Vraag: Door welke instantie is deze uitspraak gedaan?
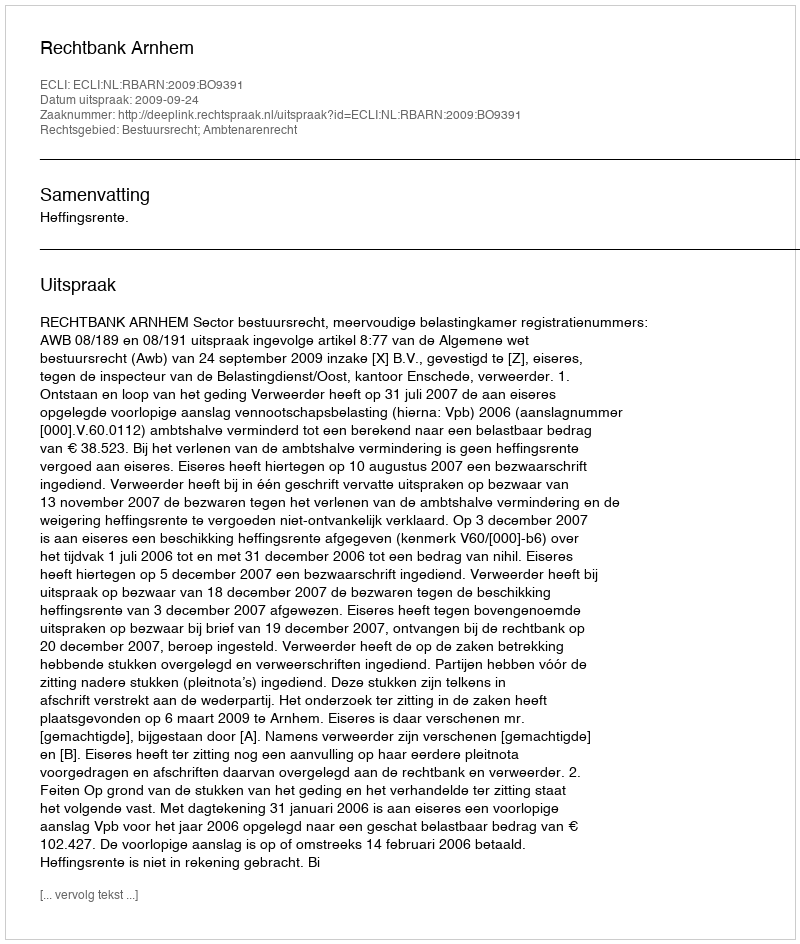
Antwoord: Rechtbank Arnhem